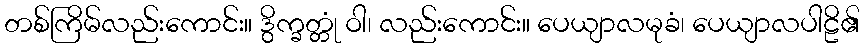
တစ်ကြိမ်လည်းကောင်း။ ဒွိက္ခတ္တုံ ဝါ၊ လည်းကောင်း။ ပေယျာလမုခံ၊ ပေယျာလပါဠိ၏